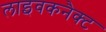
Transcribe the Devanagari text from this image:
लाइवकनैक्ट